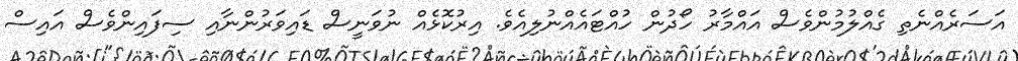
އަސަރެއްނެތި ގެއްލުމުންވެސް އައްމާރު ހޯދުން ހުއްޓައެއްނުލިއެވެ. އިރުކޮޅެއް ނުވަނީސް ޑައިވަރުންނާއި ސިފައިންވެސް އައިސް